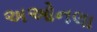
અઓનલા